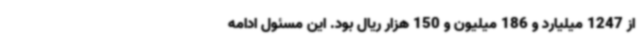
از 1247 میلیارد و 186 میلیون و 150 هزار ریال بود. این مسئول ادامه